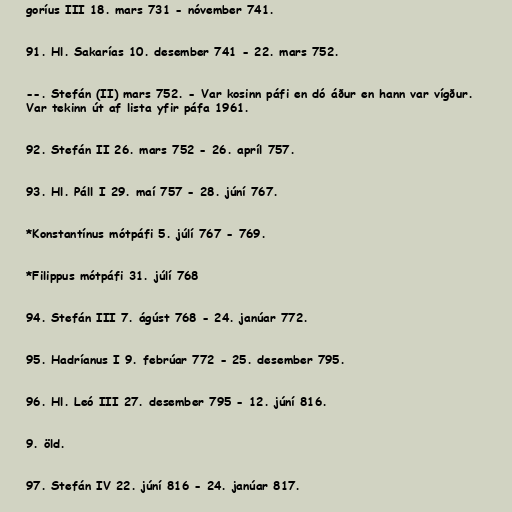
goríus III 18. mars 731 - nóvember 741.

91. Hl. Sakarías 10. desember 741 - 22. mars 752.

--. Stefán (II) mars 752. - Var kosinn páfi en dó áður en hann var vígður.
Var tekinn út af lista yfir páfa 1961.

92. Stefán II 26. mars 752 - 26. apríl 757.

93. Hl. Páll I 29. maí 757 - 28. júní 767.

*Konstantínus mótpáfi 5. júlí 767 - 769.

*Filippus mótpáfi 31. júlí 768

94. Stefán III 7. ágúst 768 - 24. janúar 772.

95. Hadríanus I 9. febrúar 772 - 25. desember 795.

96. Hl. Leó III 27. desember 795 - 12. júní 816.

9. öld.

97. Stefán IV 22. júní 816 - 24. janúar 817.